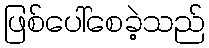
ဖြစ်ပေါ်စေခဲ့သည်